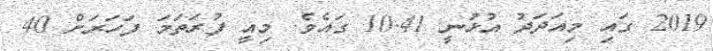
2019 ގައި މިއަދަދު އުޅުނީ 10.41 ގައެވެ. މިއީ ފުރަތަމަ ފަހަރަށް 40